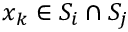
x _ { k } \in S _ { i } \cap S _ { j }